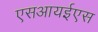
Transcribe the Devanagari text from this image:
एसआयईएस